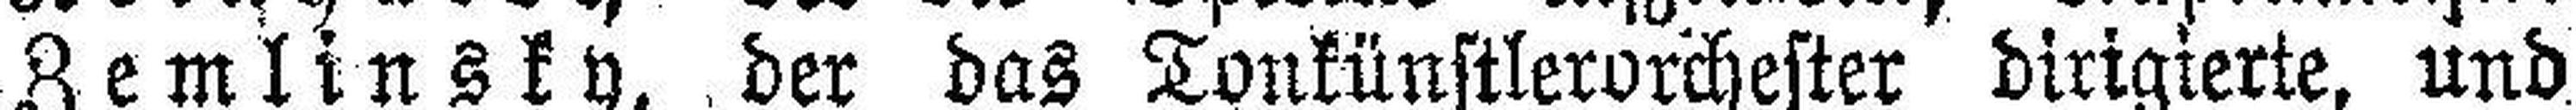
Zemlinsky, der das Tonkünstlerorchester dirigierte, und